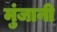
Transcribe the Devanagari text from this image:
मुंजानी